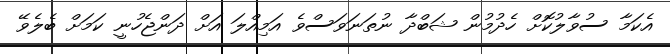
އެކަމާ ސުވާލުކޮށް ހެދުމުން ޝަބްދާ ނުތަނަވަސްވެ އަމިއްލަ އަށް ދަންޖެހުނީ ކަމަށް ބެލެވޭ